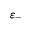
\varepsilon _ { - }